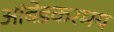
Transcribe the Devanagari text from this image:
आंबेडकरमय